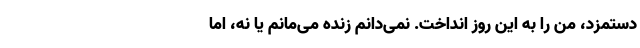
دستمزد، من را به این روز انداخت. نمی‌دانم زنده می‌مانم یا نه، اما